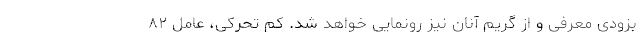
بزودی معرفی و از گریم آنان نیز رونمایی خواهد شد. کم تحرکی، عامل ۸۲